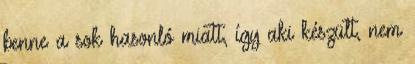
benne a sok hasonló miatt, így aki készült, nem